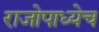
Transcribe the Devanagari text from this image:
राजोपाध्येच